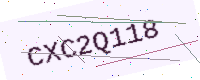
Text: CXC2Q118